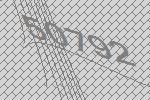
50792